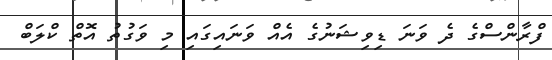
ފްރާންސްގެ ދެ ވަނަ ޑިވިޝަނުގެ އެއް ވަނައިގައި މި ވަގުތު އޮތް ކްލަބް